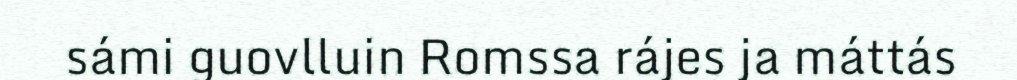
sámi guovlluin Romssa rájes ja máttás